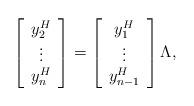
LaTeX: \begin{align*}\left[\begin{array}{c} y_2^H \\ \vdots \\ y_n^H \end{array}\right]= \left[\begin{array}{c} y_1^H \\ \vdots \\ y_{n-1}^H \end{array}\right] \Lambda,\end{align*}